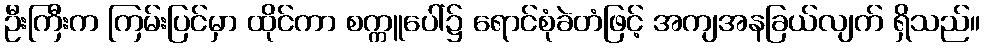
ဦးကြီးက ကြမ်းပြင်မှာ ထိုင်ကာ စက္ကူပေါ်၌ ရောင်စုံခဲတံဖြင့် အကျအနခြယ်လျက် ရှိသည်။